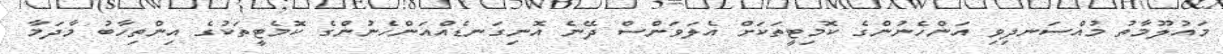
މައުލޫމާތު މުއްސަނދިވި އަންހެނުންގެ ކޮމިޓީތަކަށް އެލަވަންސް ދޭނެ އޮނިގަނޑެއްއަންހެނުންގެ ކޮމެޓީތަކުގެ އިންތިހާބު މާދަމާ